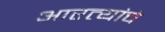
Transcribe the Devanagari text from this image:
आरत्यांचे